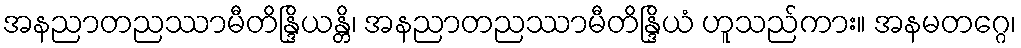
အနညာတညဿာမီတိန္ဒြိယန္တိ၊ အနညာတညဿာမီတိန္ဒြိယံ ဟူသည်ကား။ အနမတဂ္ဂေ၊